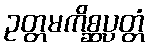
ဥတ္တမကိစ္ဆပ္ပတ္တံ